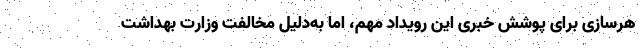
هرسازی برای پوشش خبری این رویداد مهم، اما به‌دلیل مخالفت وزارت بهداشت